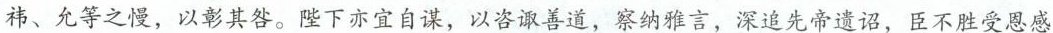
祎、允等之慢，以彰其咎。陛下亦宜自谋，以咨善道，察纳雅言，深追先帝遗诏，臣不胜受恩感